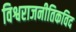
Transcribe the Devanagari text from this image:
विश्वराजनीतिकविद